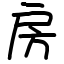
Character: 房